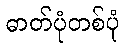
ဓာတ်ပုံတစ်ပုံ